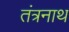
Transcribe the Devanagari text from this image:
तंत्रनाथ